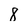
Character: 8